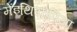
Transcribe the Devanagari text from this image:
मेंइथियोपिया